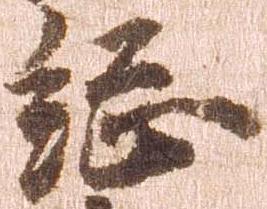
総